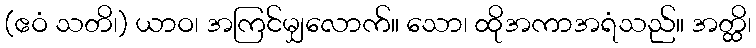
(ဧဝံ သတိ၊) ယာဝ၊ အကြင်မျှလောက်။ သော၊ ထိုအကာအရံသည်။ အတ္ထိ၊